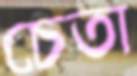
চেতা